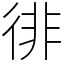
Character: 徘